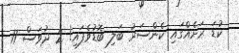
ކުޑަ ރަށެއްގައި ކެންސަރު ބަލި ބޮޑުވެފައި! 2 ދުވަސް 11